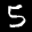
Label: 5